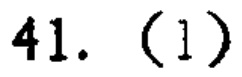
$41.\ (1)$